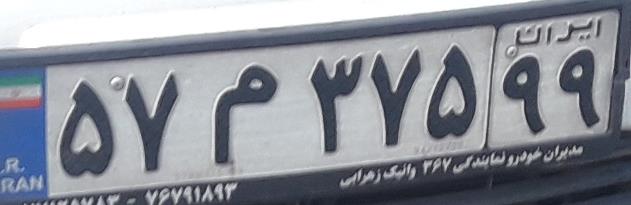
۵۷م۳۷۵۹۹